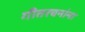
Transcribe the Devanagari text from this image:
गीतरचनांना